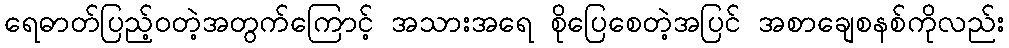
ရေဓာတ်ပြည့်ဝတဲ့အတွက်ကြောင့် အသားအရေ စိုပြေစေတဲ့အပြင် အစာချေစနစ်ကိုလည်း